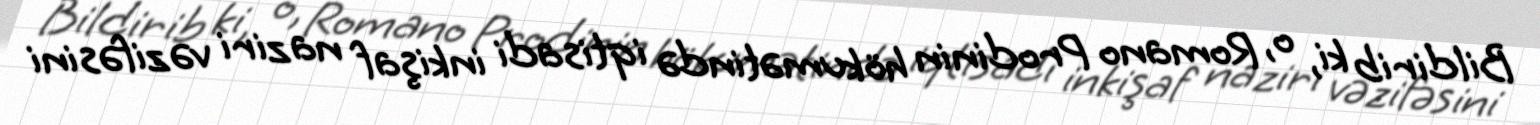
Bildirib ki, o, Romano Prodinin hökumətində iqtisadi inkişaf naziri vəzifəsini